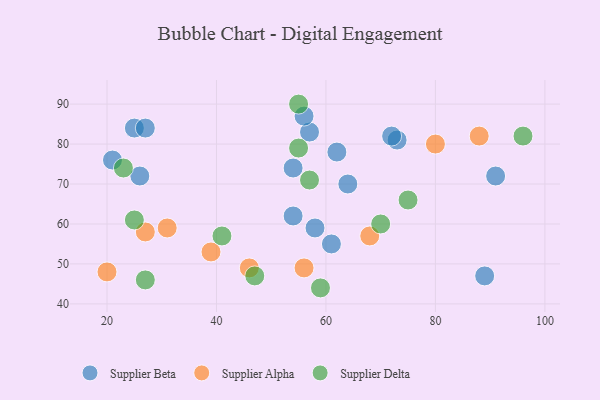
{"axis": {"x": "GDP", "y": "Life Expectancy"}, "legend": ["Supplier Alpha", "Supplier Beta", "Supplier Delta"], "data": [{"x": "57", "y": 83, "type": "Supplier Beta"}, {"x": "25", "y": 84, "type": "Supplier Beta"}, {"x": "27", "y": 84, "type": "Supplier Beta"}, {"x": "21", "y": 76, "type": "Supplier Beta"}, {"x": "73", "y": 81, "type": "Supplier Beta"}, {"x": "91", "y": 72, "type": "Supplier Beta"}, {"x": "56", "y": 87, "type": "Supplier Beta"}, {"x": "64", "y": 70, "type": "Supplier Beta"}, {"x": "54", "y": 62, "type": "Supplier Beta"}, {"x": "61", "y": 55, "type": "Supplier Beta"}, {"x": "72", "y": 82, "type": "Supplier Beta"}, {"x": "89", "y": 47, "type": "Supplier Beta"}, {"x": "58", "y": 59, "type": "Supplier Beta"}, {"x": "26", "y": 72, "type": "Supplier Beta"}, {"x": "54", "y": 74, "type": "Supplier Beta"}, {"x": "62", "y": 78, "type": "Supplier Beta"}, {"x": "46", "y": 49, "type": "Supplier Alpha"}, {"x": "56", "y": 49, "type": "Supplier Alpha"}, {"x": "80", "y": 80, "type": "Supplier Alpha"}, {"x": "27", "y": 58, "type": "Supplier Alpha"}, {"x": "39", "y": 53, "type": "Supplier Alpha"}, {"x": "31", "y": 59, "type": "Supplier Alpha"}, {"x": "88", "y": 82, "type": "Supplier Alpha"}, {"x": "20", "y": 48, "type": "Supplier Alpha"}, {"x": "68", "y": 57, "type": "Supplier Alpha"}, {"x": "70", "y": 60, "type": "Supplier Delta"}, {"x": "96", "y": 82, "type": "Supplier Delta"}, {"x": "55", "y": 90, "type": "Supplier Delta"}, {"x": "25", "y": 61, "type": "Supplier Delta"}, {"x": "23", "y": 74, "type": "Supplier Delta"}, {"x": "47", "y": 47, "type": "Supplier Delta"}, {"x": "55", "y": 79, "type": "Supplier Delta"}, {"x": "75", "y": 66, "type": "Supplier Delta"}, {"x": "27", "y": 46, "type": "Supplier Delta"}, {"x": "57", "y": 71, "type": "Supplier Delta"}, {"x": "59", "y": 44, "type": "Supplier Delta"}, {"x": "41", "y": 57, "type": "Supplier Delta"}]}